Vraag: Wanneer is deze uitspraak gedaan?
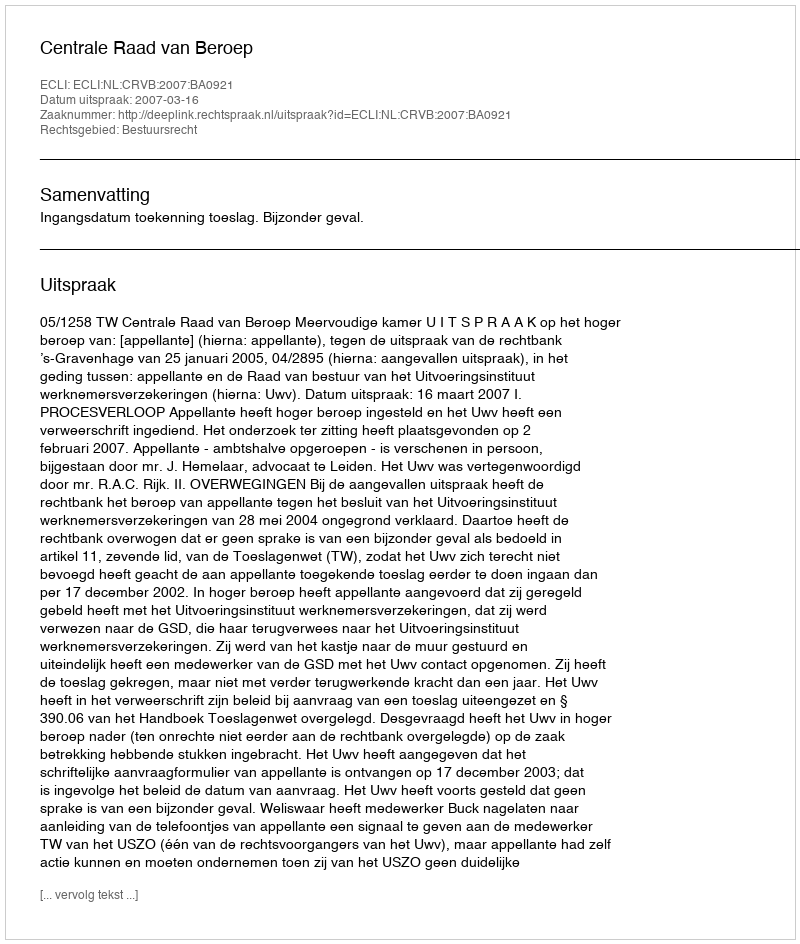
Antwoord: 2007-03-16